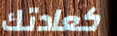
كعادتك